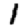
Digit: 1